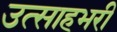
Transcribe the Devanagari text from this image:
उत्साहभरी